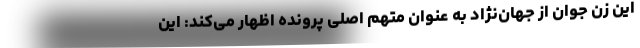
این زن جوان از جهان‌نژاد به عنوان متهم اصلی پرونده اظهار می‌کند: این